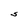
Character: S